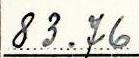
83.76